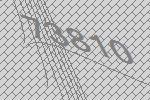
73810